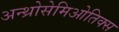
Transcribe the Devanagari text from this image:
अन्थ्रोसेमिओतिक्स